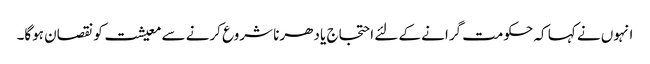
انہوں نے کہا کہ حکومت گرانے کے لئے احتجاج یا دھرنا شروع کرنے سے معیشت کو نقصان ہوگا۔